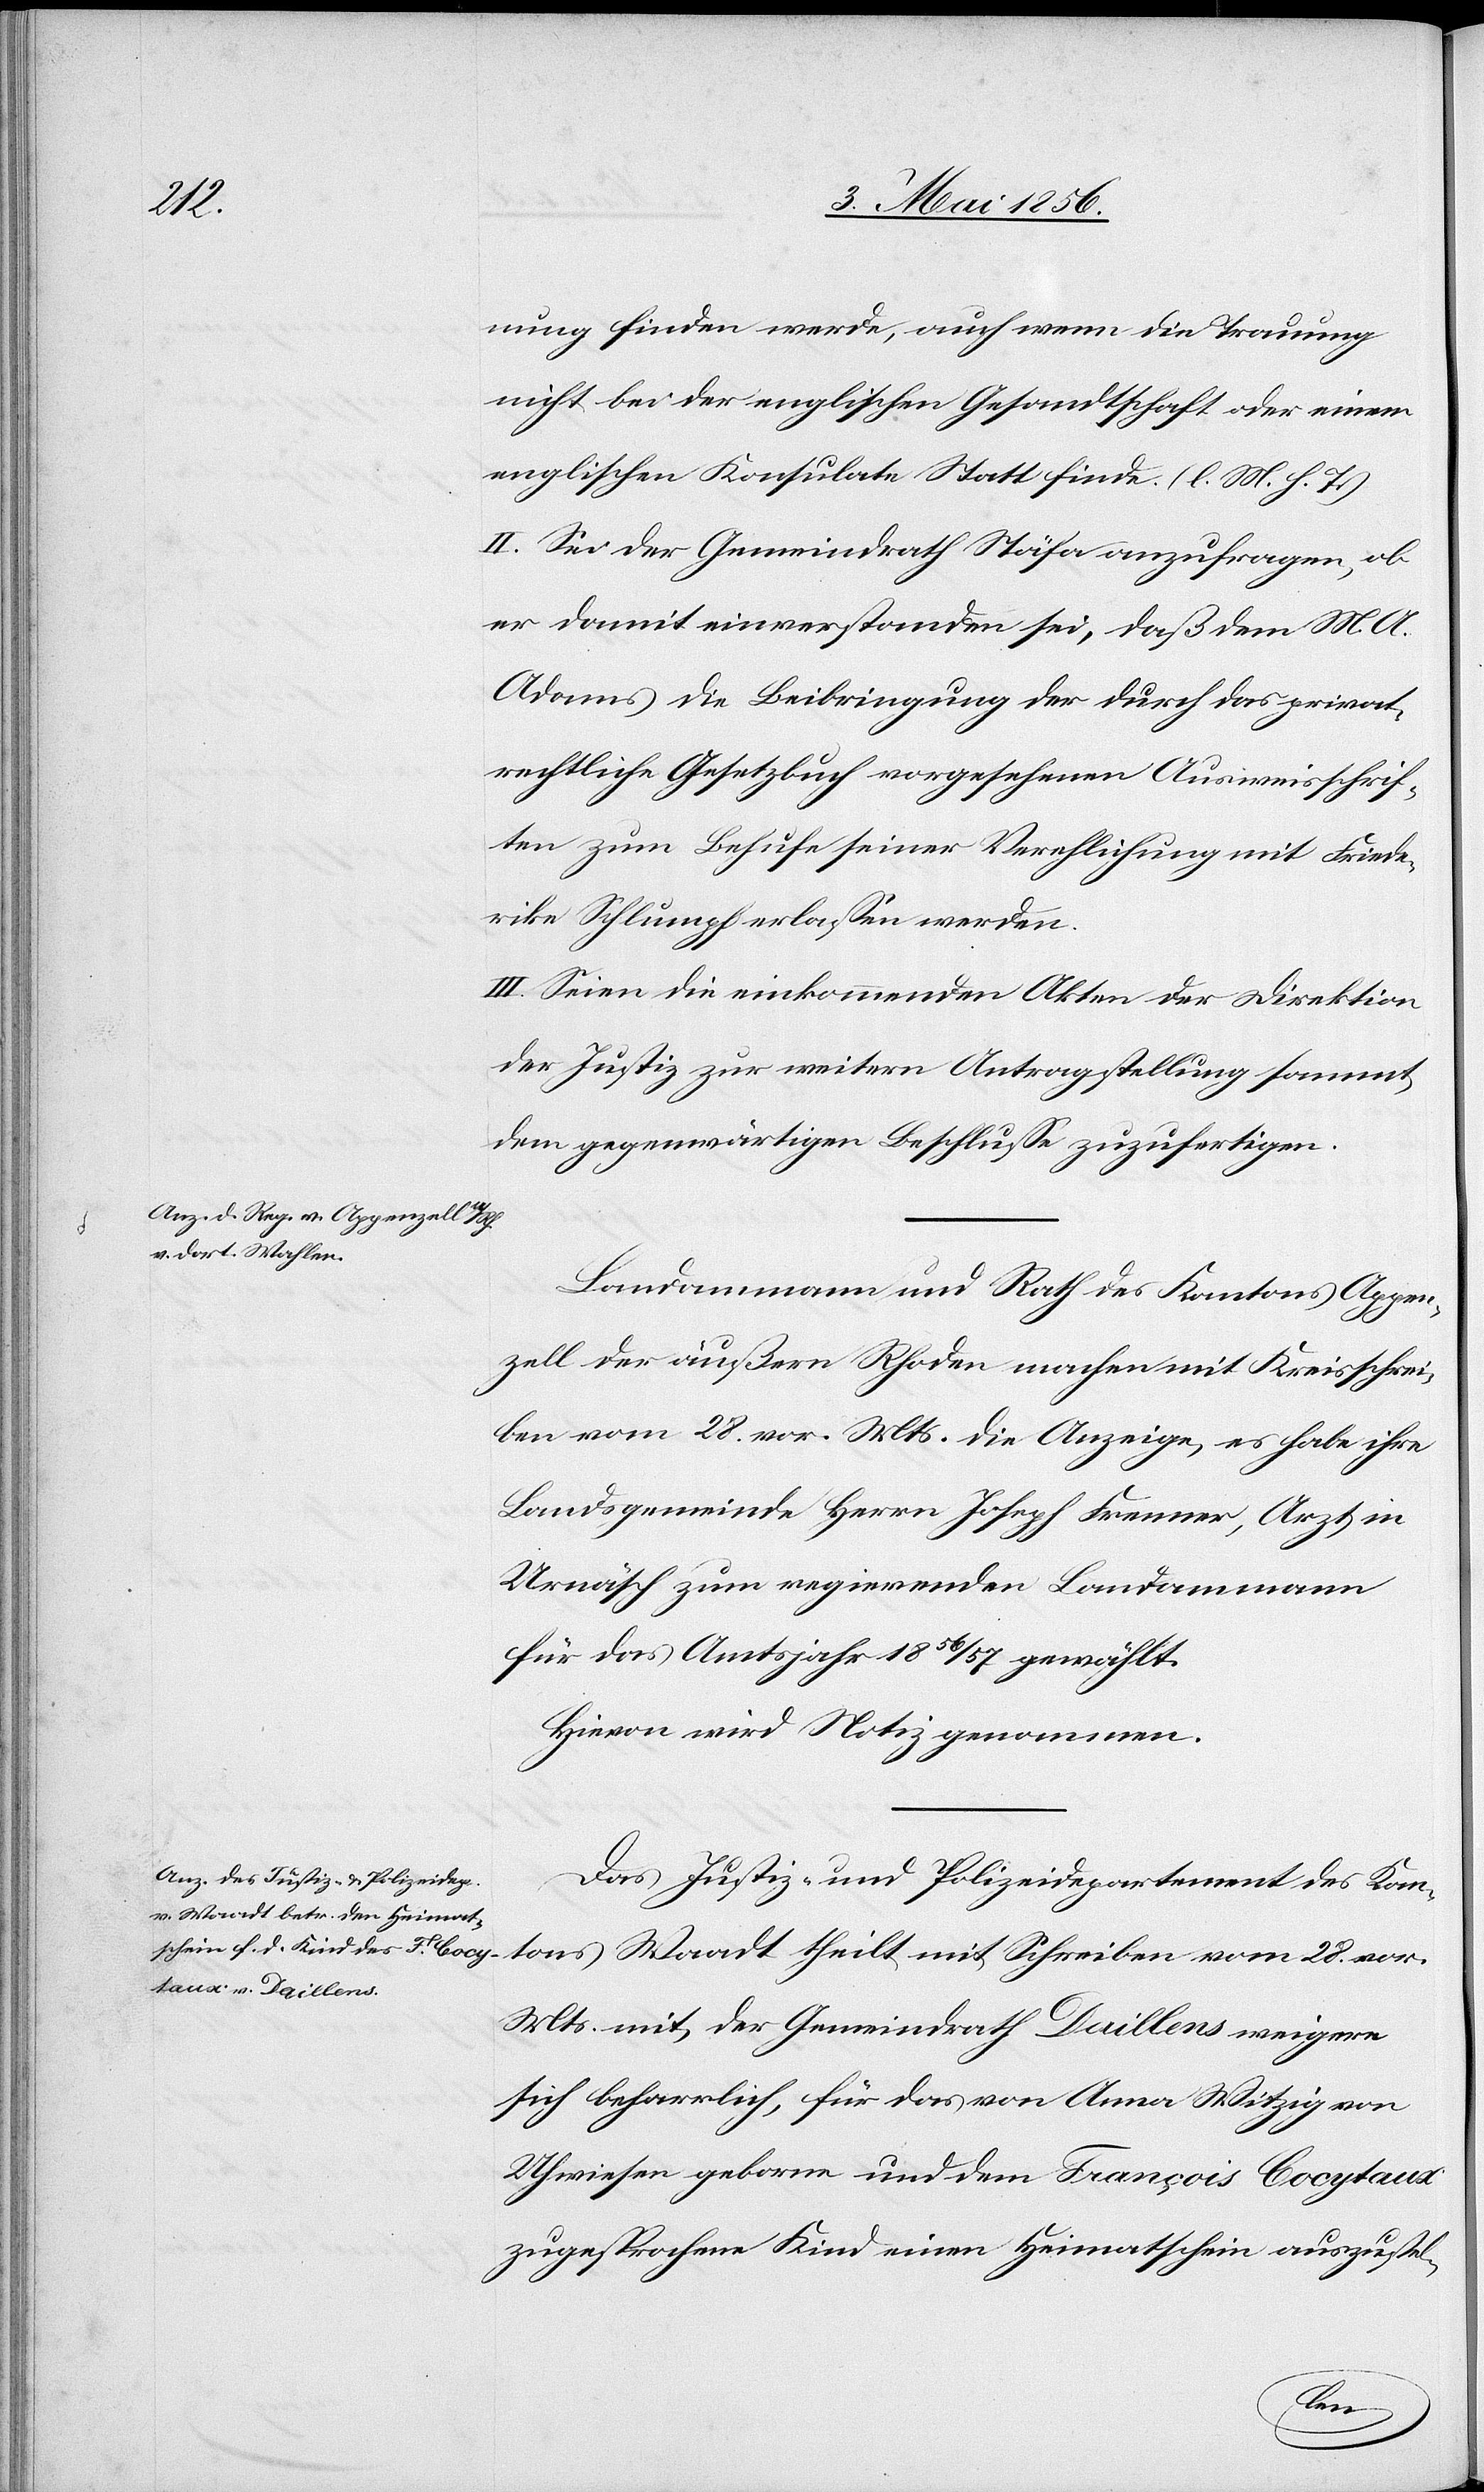
ung finden werde, auch wenn die Trauung
nicht bei der englischen Gesandtschaft oder einem
englischen Konsulate Statt finde. (l. M. h. T.)
II. Sei der Gemeindrath Stäfa anzufragen, ob
er damit einverstanden sei, daß dem M. A.
Adams die Beibringung der durch das privat¬
rechtliche Gesetzbuch vorgesehenen Ausweisschrif¬
ten zum Behufe seiner Verpflichtung mit Friede¬
rike Schlumpf erlassen werden.
III. Seien die einkommenden Akten der Direktion
der Justiz zur weitern Antragstellung sammt
dem gegenwärtigen Beschlusse zuzufertigen.
Landammann und Rath des Kantons Appen¬
zell der äußern Rhoden machen mit Kreisschrei¬
ben vom 28. vor. Mts. die Anzeige, es habe ihre
Landsgemeinde Herrn Joseph Frenner, Arzt in
Urnäsch zum regierenden Landammann
für das Amtsjahr 1856/57 gewählt.
Hievon wird Notiz genommen.
Das Justiz- und Polizeidepartement des Kan¬
tons Waadt theilt mit Schreiben vom 28. vor.
Mts. mit, der Gemeindrath Daillens weigere
sich beharrlich, für das von Anna Witzig von
Uhwiesen geborne und dem François Cocytaux
zugesprochene Kind einen Heimatschein auszustel-